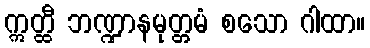
ဣတ္ထီ ဘဏ္ဍာနမုတ္တမံ စသော ဂါထာ။